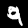
Digit: 9